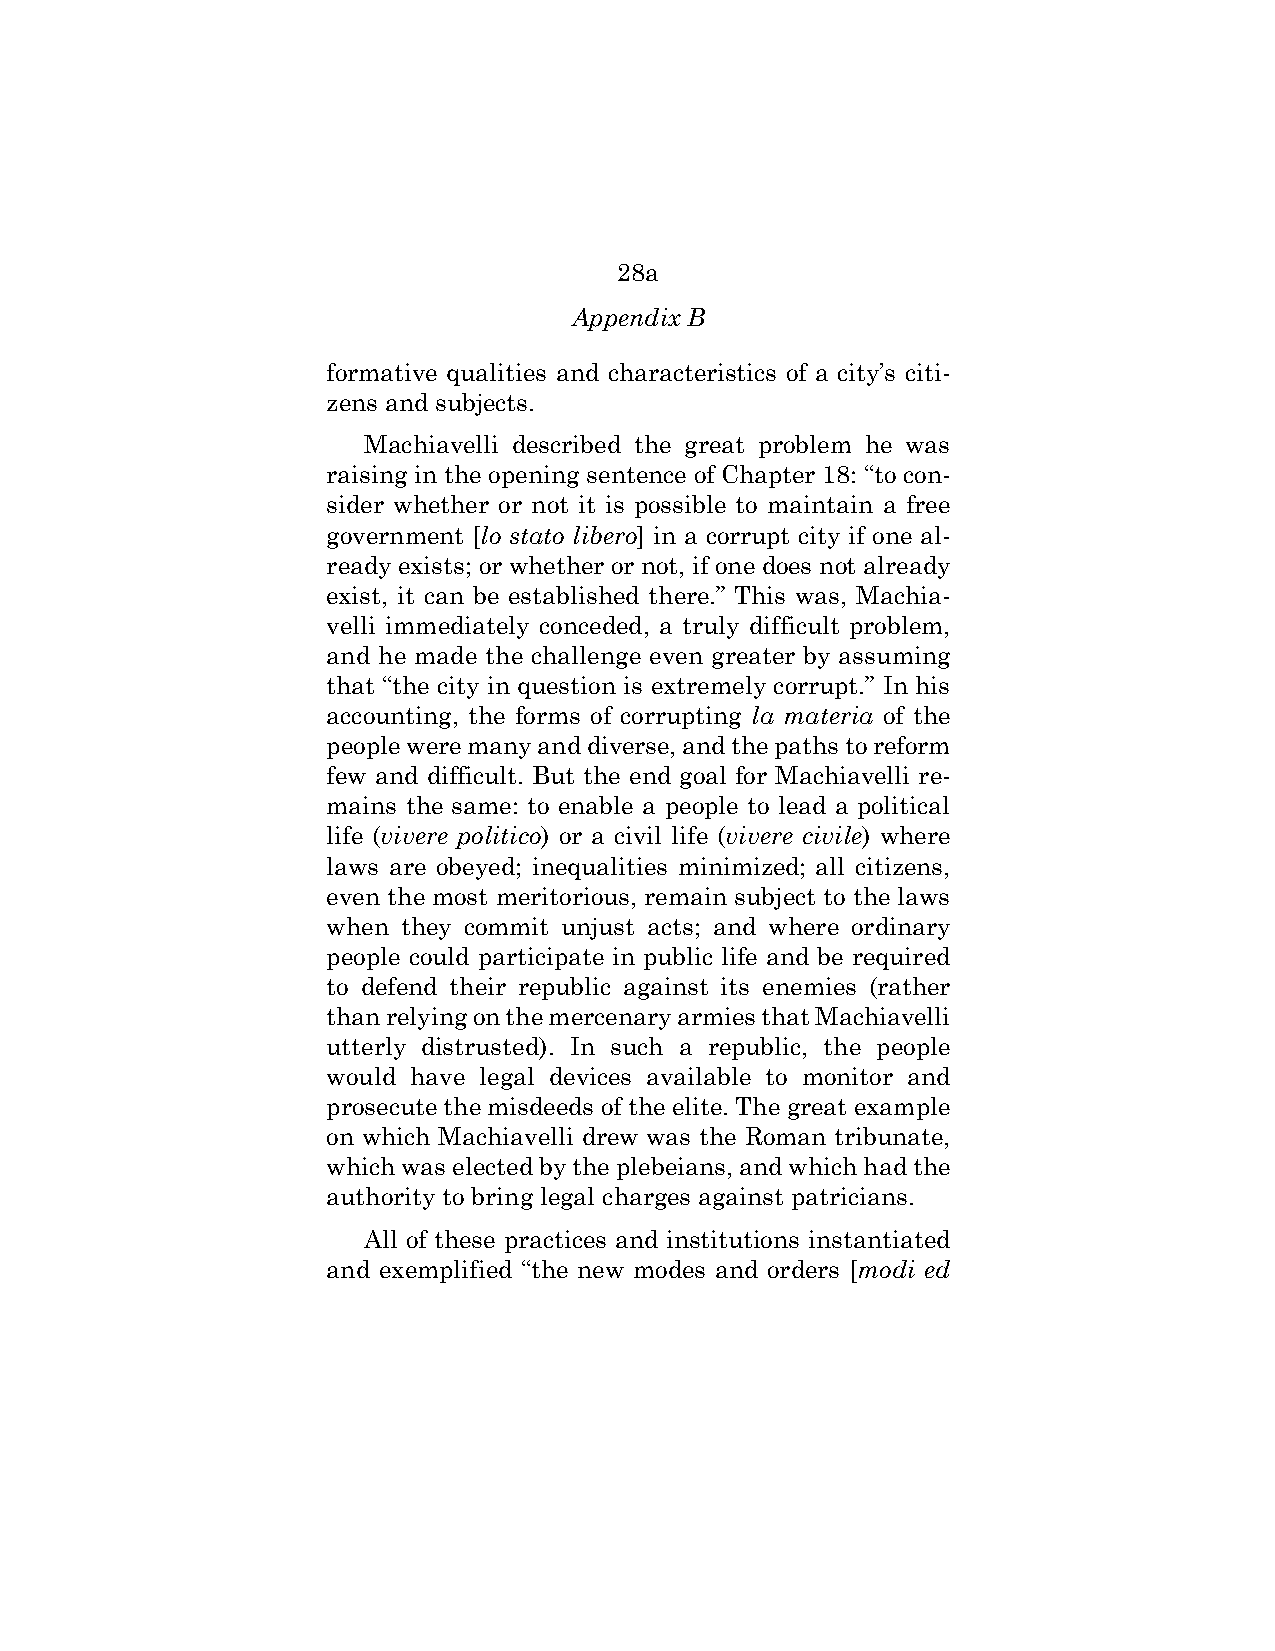
28a
 Appendix B
 formative qualities and characteristics of a city’s citi-
 zens and subjects.
 Machiavelli described the great problem he was
 raising in the opening sentence of Chapter 18: “to con-
 sider whether or not it is possible to maintain a free
 government [lo stato libero] in a corrupt city if one al-
 ready exists; or whether or not, if one does not already
 exist, it can be established there.” This was, Machia-
 velli immediately conceded, a truly difficult problem,
 and he made the challenge even greater by assuming
 that “the city in question is extremely corrupt.” In his
 accounting, the forms of corrupting la materia of the
 people were many and diverse, and the paths to reform
 few and difficult. But the end goal for Machiavelli re-
 mains the same: to enable a people to lead a political
 life (vivere politico) or a civil life (vivere civile) where
 laws are obeyed; inequalities minimized; all citizens,
 even the most meritorious, remain subject to the laws
 when they commit unjust acts; and where ordinary
 people could participate in public life and be required
 to defend their republic against its enemies (rather
 than relying on the mercenary armies that Machiavelli
 utterly distrusted). In such a republic, the people
 would have legal devices available to monitor and
 prosecute the misdeeds of the elite. The great example
 on which Machiavelli drew was the Roman tribunate,
 which was elected by the plebeians, and which had the
 authority to bring legal charges against patricians.
 All of these practices and institutions instantiated
 and exemplified “the new modes and orders [modi ed